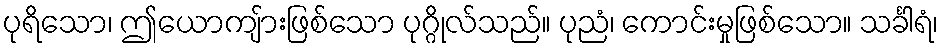
ပုရိသော၊ ဤယောကျ်ားဖြစ်သော ပုဂ္ဂိုလ်သည်။ ပုညံ၊ ကောင်းမှုဖြစ်သော။ သင်္ခါရံ၊